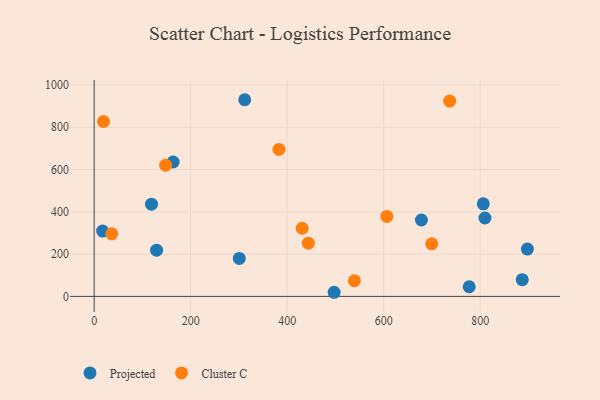
{"axis": {"x": "Investment", "y": "Yield"}, "legend": ["Cluster C", "Projected"], "data": [{"x": "163.6", "y": 635.7, "type": "Projected"}, {"x": "118.8", "y": 436.3, "type": "Projected"}, {"x": "300.7", "y": 179.7, "type": "Projected"}, {"x": "809.9", "y": 370.8, "type": "Projected"}, {"x": "887.2", "y": 78.9, "type": "Projected"}, {"x": "678.2", "y": 361.3, "type": "Projected"}, {"x": "497.3", "y": 19.5, "type": "Projected"}, {"x": "312.0", "y": 930.2, "type": "Projected"}, {"x": "777.3", "y": 45.6, "type": "Projected"}, {"x": "129.3", "y": 218.4, "type": "Projected"}, {"x": "897.8", "y": 223.9, "type": "Projected"}, {"x": "806.4", "y": 438.0, "type": "Projected"}, {"x": "17.5", "y": 308.9, "type": "Projected"}, {"x": "736.8", "y": 923.9, "type": "Cluster C"}, {"x": "443.9", "y": 251.5, "type": "Cluster C"}, {"x": "19.4", "y": 827.2, "type": "Cluster C"}, {"x": "36.4", "y": 296.1, "type": "Cluster C"}, {"x": "431.0", "y": 322.3, "type": "Cluster C"}, {"x": "148.1", "y": 620.8, "type": "Cluster C"}, {"x": "699.6", "y": 248.7, "type": "Cluster C"}, {"x": "382.9", "y": 694.9, "type": "Cluster C"}, {"x": "539.3", "y": 73.9, "type": "Cluster C"}, {"x": "606.5", "y": 378.3, "type": "Cluster C"}]}